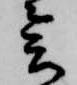
会